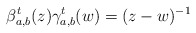
\begin{align*} \beta^t_{a,b} (z) \gamma^t_{a,b}(w) = (z-w)^{-1}\end{align*}